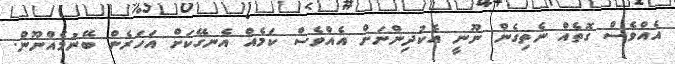
އެއްވެސް ގޮތެއް ނެތިގެން ނޫނީ އެކުދިންނަށް އެއްވެސް ކަމެއް އެނގޭކަށް އަހަރެން ބޭނުމެއްނޫން.